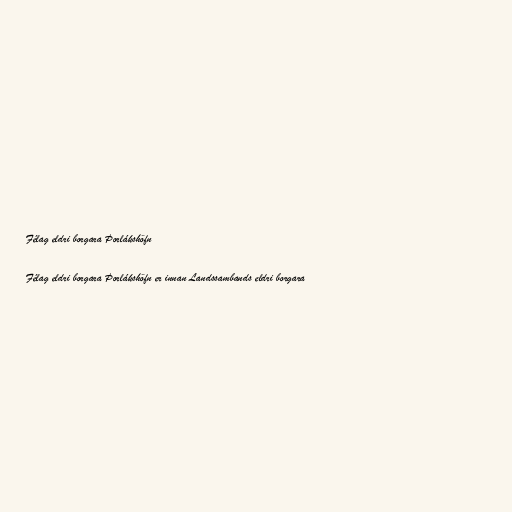
Félag eldri borgara Þorlákshöfn

Félag eldri borgara Þorlákshöfn er innan Landssambands eldri borgara